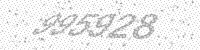
Solution: 995928